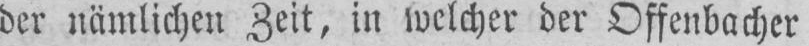
der nämlichen Zeit, in welcher der Offenbacher